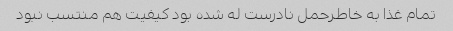
تمام غذا به خاطرحمل نادرست له شده بود کیفیت هم منتسب نبود